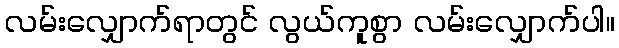
လမ်းလျှောက်ရာတွင် လွယ်ကူစွာ လမ်းလျှောက်ပါ။